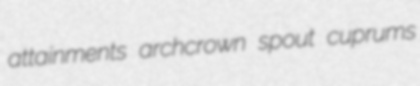
attainments archcrown spout cuprums